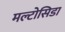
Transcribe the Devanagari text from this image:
मल्टोसिडा